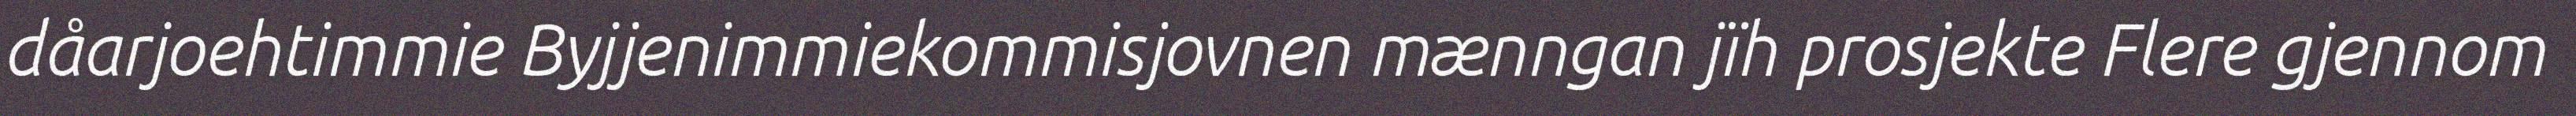
dåarjoehtimmie Byjjenimmiekommisjovnen mænngan jïh prosjekte Flere gjennom